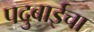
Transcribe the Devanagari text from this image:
पदुबाईचा